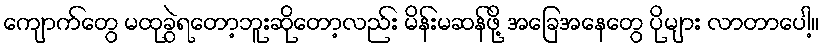
ကျောက်တွေ မထုခွဲရတော့ဘူးဆိုတော့လည်း မိန်းမဆန်ဖို့ အခြေအနေတွေ ပိုများ လာတာပေါ့။